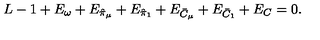
L - 1 + E _ { \omega } + E _ { \hat { \pi } _ { \mu } } + E _ { \hat { \pi } _ { 1 } } + E _ { \bar { C } _ { \mu } } + E _ { \bar { C } _ { 1 } } + E _ { C } = 0 .